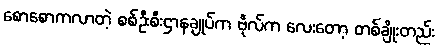
စောစောကလာတဲ့ စစ်ဦးစီးဌာနချုပ်က ဗိုလ်က လေးတော့ တစ်ချိုးတည်း